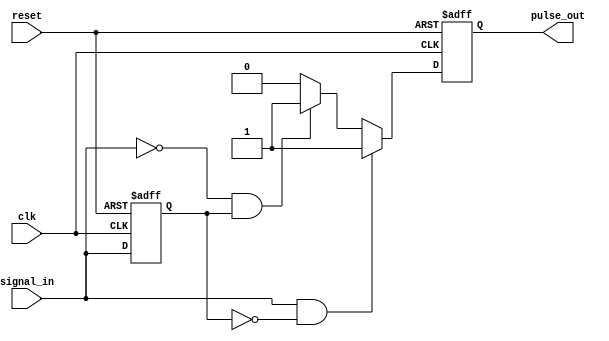
module pulse_edge_detector (
    input wire clk,            // Clock input
    input wire reset,          // Reset input
    input wire signal_in,      // Input signal to detect edges
    output reg pulse_out       // Output pulse signal
);

    // Memory block to store the previous state of the input signal
    reg previous_state;

    // Sequential logic to update the previous state and generate pulse output
    always @(posedge clk or posedge reset) begin
        if (reset) begin
            previous_state <= 1'b0; // Initialize previous state to 0 on reset
            pulse_out <= 1'b0;       // Initialize pulse output to 0 on reset
        end else begin
            // Edge detection logic
            if (signal_in && !previous_state) begin
                pulse_out <= 1'b1; // Rising edge detected
            end else if (!signal_in && previous_state) begin
                pulse_out <= 1'b1; // Falling edge detected
            end else begin
                pulse_out <= 1'b0; // No edge detected
            end
            
            // Update previous state
            previous_state <= signal_in;
        end
    end

endmodule